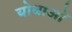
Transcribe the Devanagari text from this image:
योधाओं